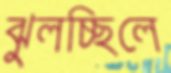
ঝুলচ্ছিলে